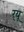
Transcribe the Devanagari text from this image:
र्‌यू